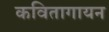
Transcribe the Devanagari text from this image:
कवितागायन